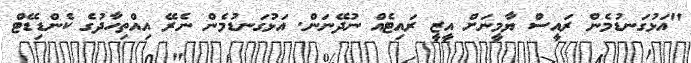
"އަޅުގަނޑުމެން ރައީސް ޔާމީނަށް އީޒީ ރައިޓެއް ނުދޭނަން. އަޅުގަނޑުމެން ނެރޭ އިއްތިހާދުގެ ކެންޑިޑޭޓް